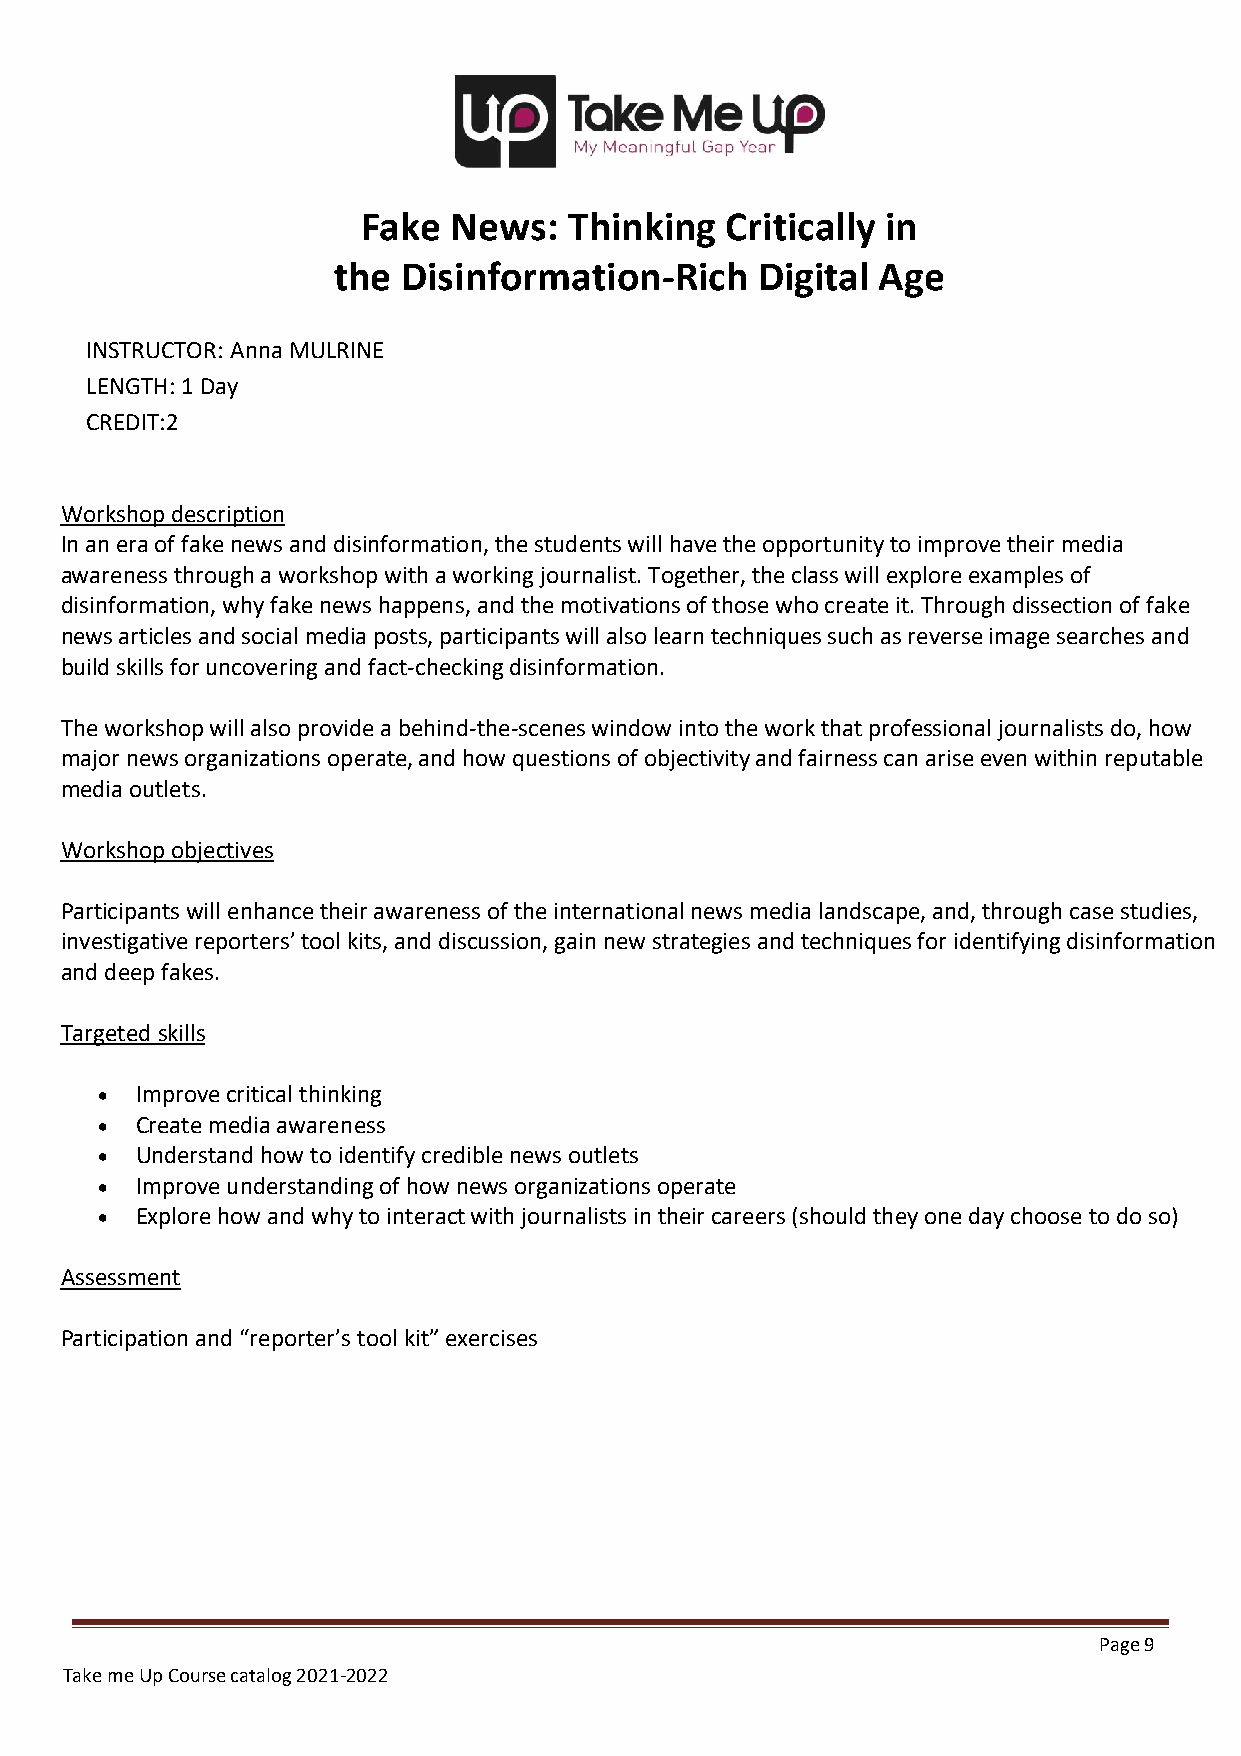
Fake  News:   Thinking  Critically in
 the  Disinformation-Rich    Digital Age
 INSTRUCTOR: Anna MULRINE
 LENGTH: 1 Day
 CREDIT:2
 Workshop description
 In an era of fake news and disinformation, the students will have the opportunity to improve their media
 awareness through a workshop with a working journalist. Together, the class will explore examples of
 disinformation, why fake news happens, and the motivations of those who create it. Through dissection of fake
 news articles and social media posts, participants will also learn techniques such as reverse image searches and
 build skills for uncovering and fact-checking disinformation.
 The workshop will also provide a behind-the-scenes window into the work that professional journalists do, how
 major news organizations operate, and how questions of objectivity and fairness can arise even within reputable
 media outlets.
 Workshop objectives
 Participants will enhance their awareness of the international news media landscape, and, through case studies,
 investigative reporters’ tool kits, and discussion, gain new strategies and techniques for identifying disinformation
 and deep fakes.
 Targeted skills
 •  Improve critical thinking
 •  Create media awareness
 •  Understand how to identify credible news outlets
 •  Improve understanding of how news organizations operate
 •  Explore how and why to interact with journalists in their careers (should they one day choose to do so)
 Assessment
 Participation and “reporter’s tool kit” exercises
 Page 9
 Take me Up Course catalog 2021-2022
 Undergraduate Course Catalog